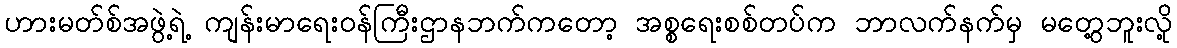
ဟားမတ်စ်အဖွဲ့ရဲ့ ကျန်းမာရေးဝန်ကြီးဌာနဘက်ကတော့ အစ္စရေးစစ်တပ်က ဘာလက်နက်မှ မတွေ့ဘူးလို့